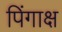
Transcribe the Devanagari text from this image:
पिंगाक्ष